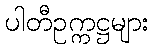
ပါတီဥက္ကဋ္ဌများ